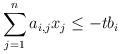
LaTeX: \begin{align*}\sum_{j=1}^n a_{i,j} x_j \leq - tb_i \end{align*}